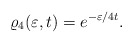
\begin{align*}\varrho_4(\varepsilon,t)=e^{-\varepsilon/4t} .\end{align*}